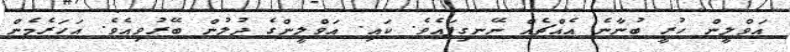
އަވްލީން ހުރީ ބުނާނެ އެއްޗެއް ނޭނގިފައެވެ. ކައި. އަވްލީންގެ ދުލުން ބޭރުވިއެވެ. އަހަރެމެން